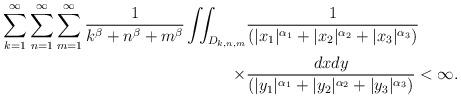
LaTeX: \begin{align*}\sum_{k=1}^{\infty}\sum_{n=1}^{\infty}\sum_{m=1}^{\infty}\frac{1}{k^{\beta}+n^{\beta}+m^{\beta}}\iint_{D_{k,n,m}}&\frac{1}{(|x_1|^{\alpha_1}+|x_2|^{\alpha_2}+|x_3|^{\alpha_3})}\\\times&\frac{dxdy}{(|y_1|^{\alpha_1}+|y_2|^{\alpha_2}+|y_3|^{\alpha_3})}<\infty.\end{align*}